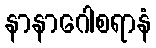
နာနာဂေါစရာနံ